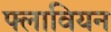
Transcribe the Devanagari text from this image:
फ्लावियन